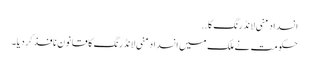
انسداد منی لانڈرنگ کا ..
حکومت نے ملک میں انسداد منی لانڈرنگ کا قانون نافذ کردیا۔